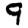
Digit: 9